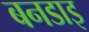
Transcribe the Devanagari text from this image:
बनडाइ